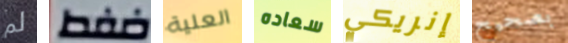
لم ضغط العلية سعاده إنريكي بصحيح